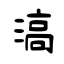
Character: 滈